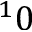
^ 1 0